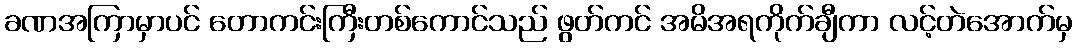
ခဏအကြာမှာပင် တောကင်းကြီးတစ်ကောင်သည် ဖွတ်ကင် အမိအရကိုက်ချီကာ လင့်တဲအောက်မှ